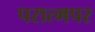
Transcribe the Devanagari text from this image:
परात्मपर